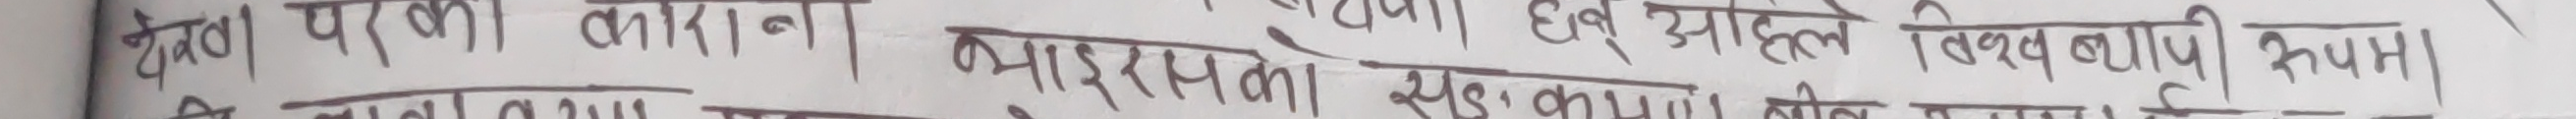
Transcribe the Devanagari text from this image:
देखे | परंतु काही | नाही |
भा | इसके सद | हले विषय बाबु रूप | म |